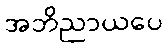
အဘိညာယပေ